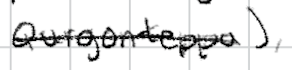
Text: Qurgonteppa),
Cross-out: single-line
Writing tool: digital_black